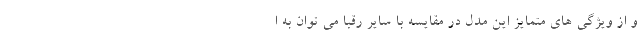
و از ویژگی های متمایز این مدل در مقایسه با سایر رقبا می توان به ا